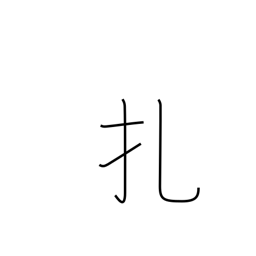
Meaning: prick